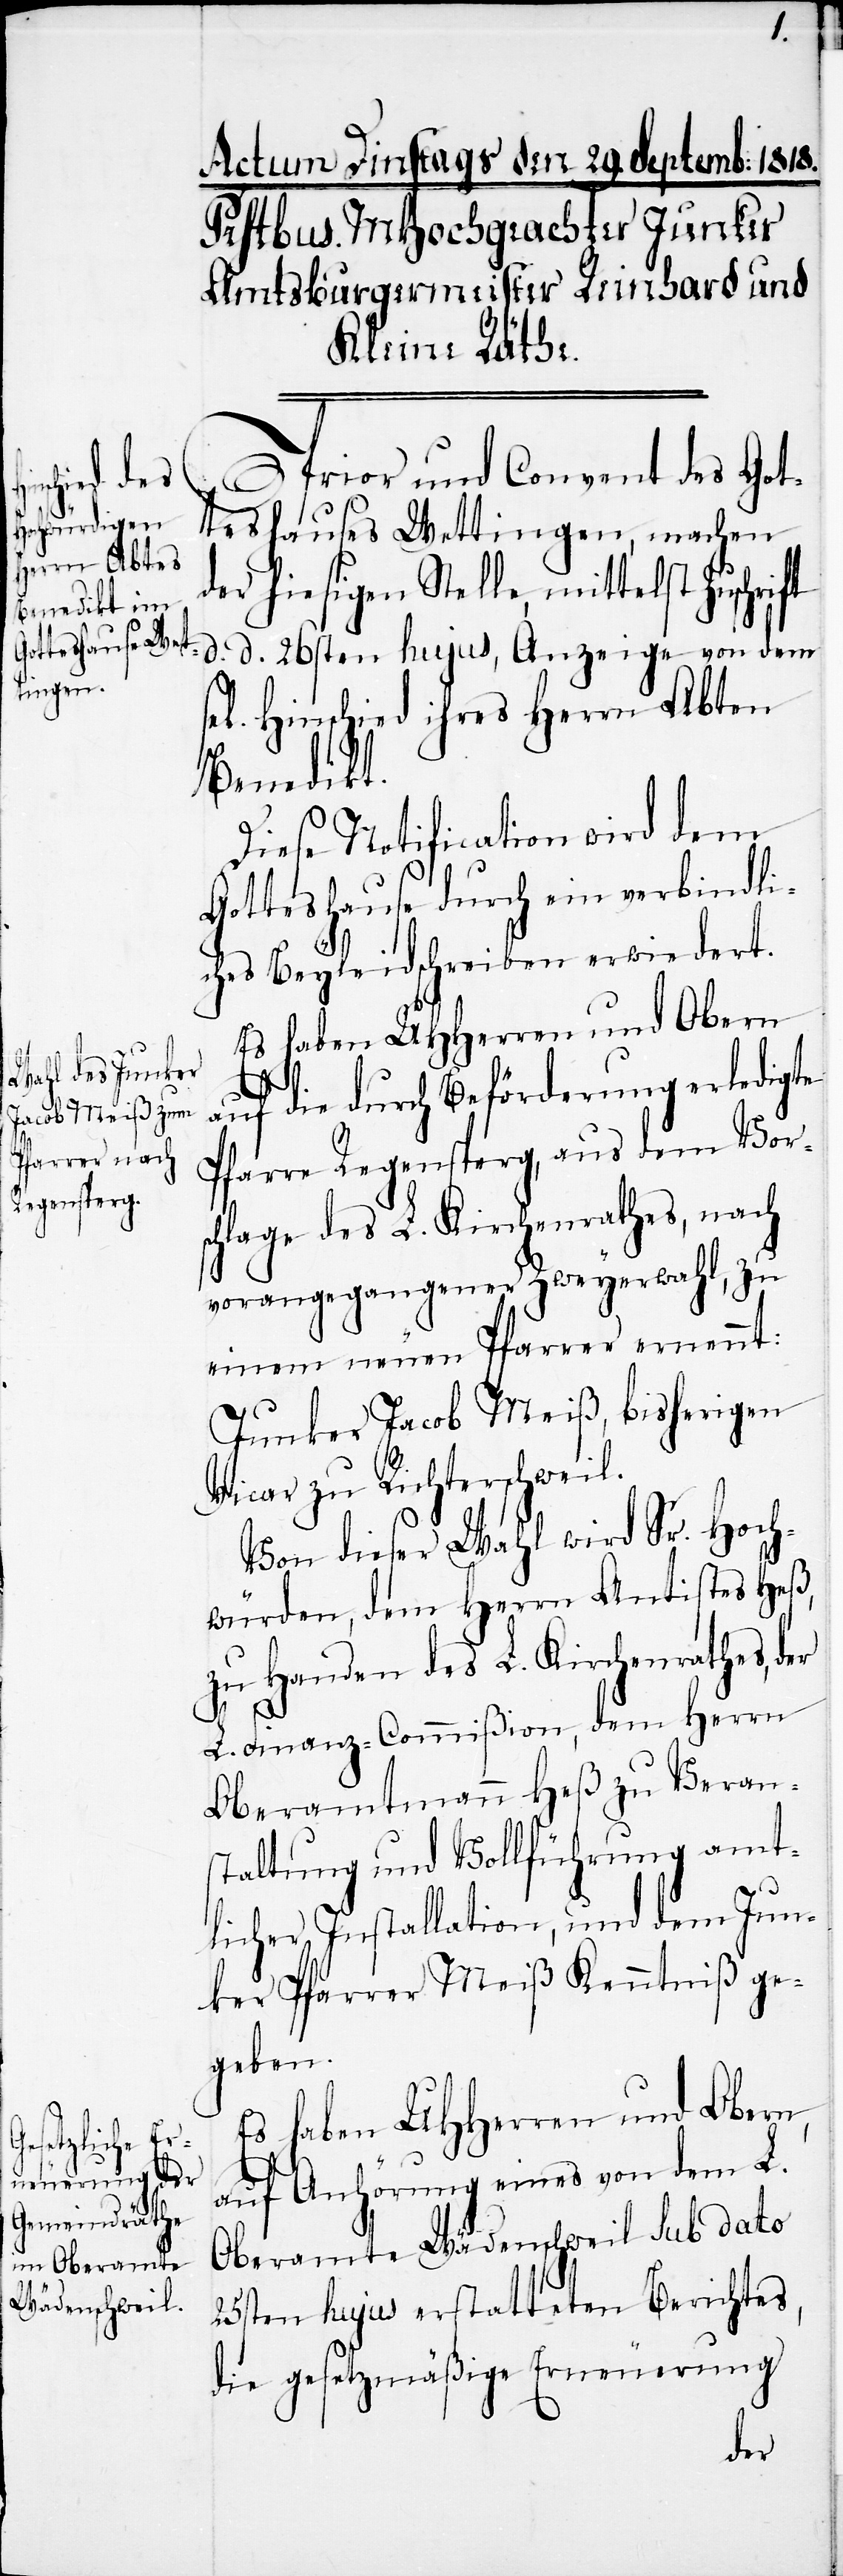
s¬

Prior und Convent des Got¬
teshauses Wettingen, machen
der hiesigen Stelle, mittelst Zuschrift
d. d. 26sten hujus, Anzeige von dem
el. Hinschied ihres Herrn Abten
Benedikt.
Diese Notification wird dem
Gotteshause durch ein verbindli¬
ches Beyleidschreiben erwiedert.
Es haben UHHerren und Obern
auf die durch Beförderung erledigte
Pfarre Regensperg, aus dem Vors¬
chlage des L. Kirchenrathes, nach
vorangegangener Zweyerwahl, zu
einem neuen Pfarrer ernennt:
Junker Jacob Meiß, bisherigen
Vicar zu Richterschweil.
Von dieser Wahl wird Sr. Hoch¬
würden, dem Herrn Antistes Heß,
zu Handen des L. Kirchenrathes, der
L. Finanz-Commißion, dem Herrn
Oberamtmann Heß zu Veran¬
staltung und Vollführung amt¬
licher Installation, und dem Jun¬
ker Pfarrer Meiß Kenntniß ge¬
geben.
Es haben UHHerren und Obern,
auf Anhörung eines von dem L.
Oberamte Wädenschweil sub dato
25sten hujus erstatteten Berichtes,
die gesetzmäßige Erneuerung